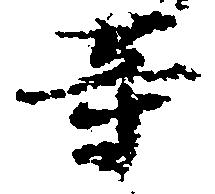
等